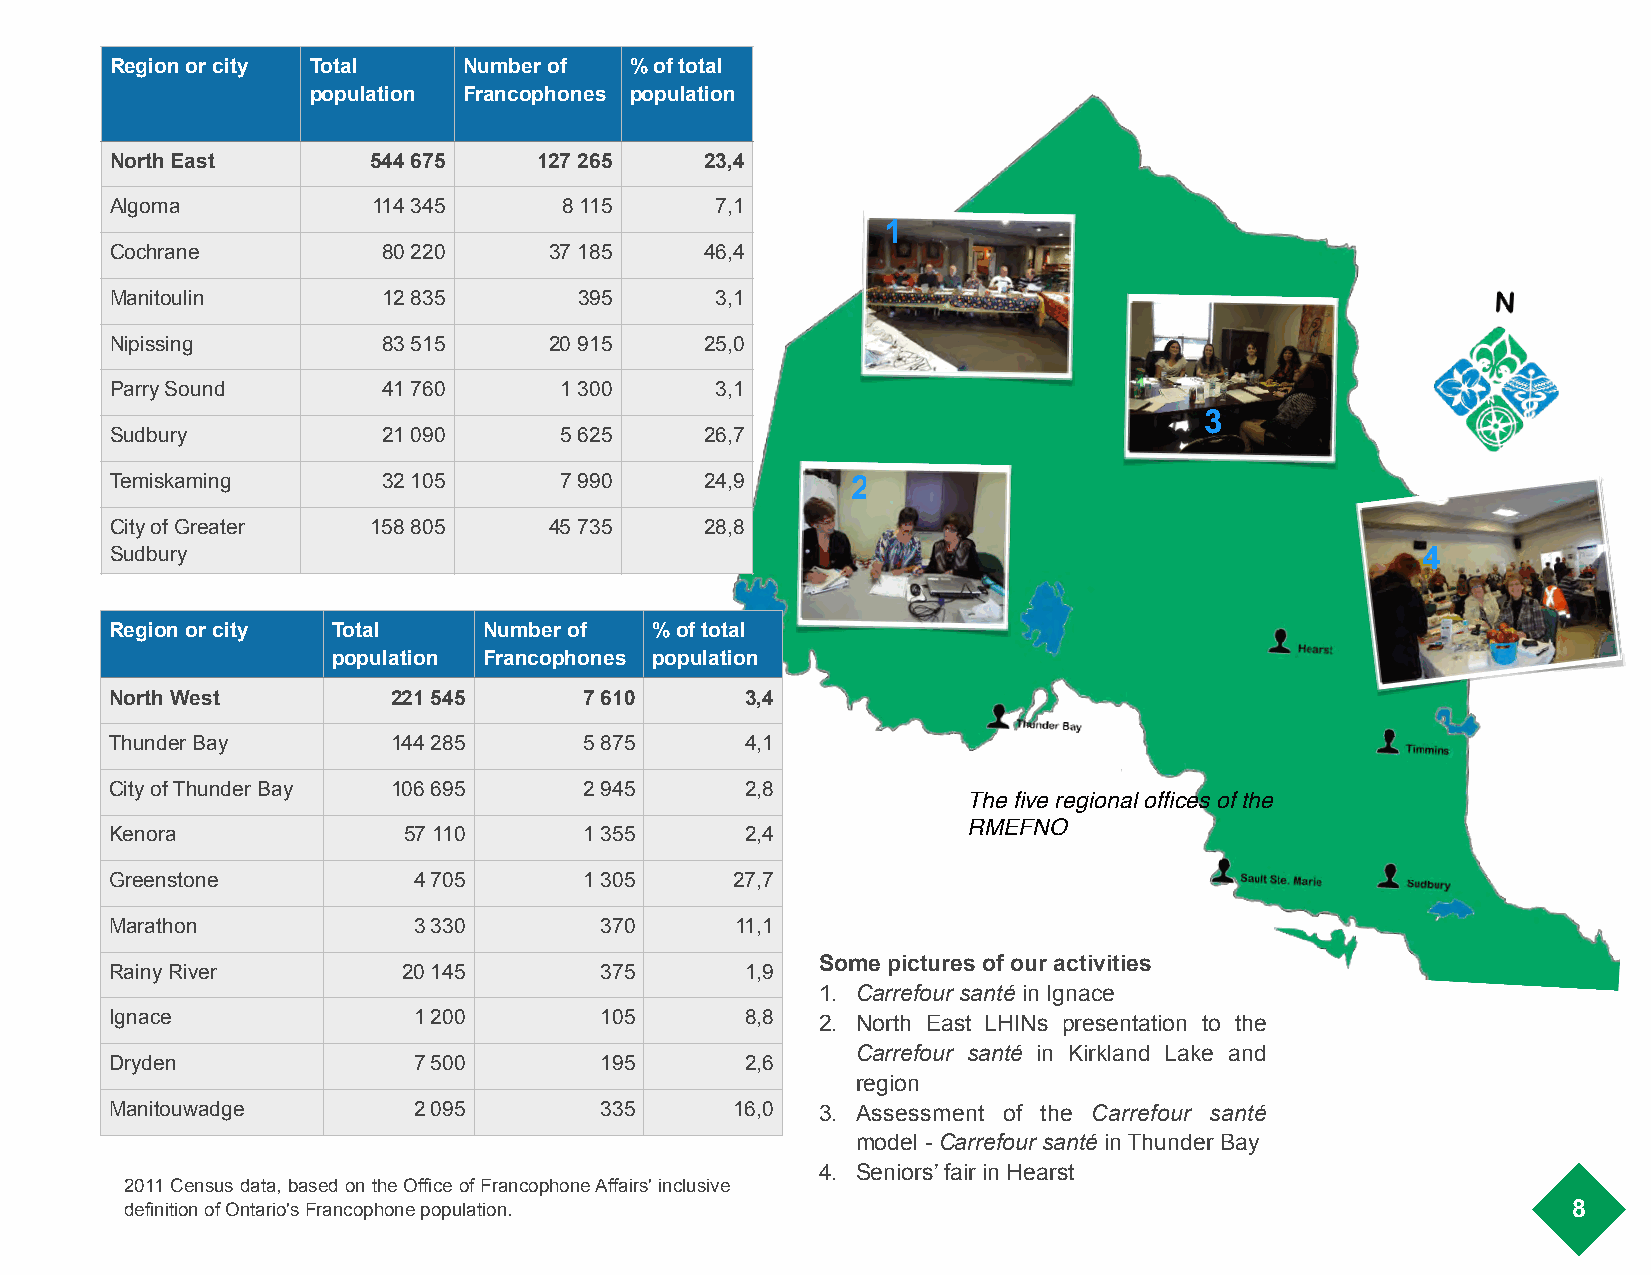
Region or city Total    Number of  % of total
 !
 population Francophones population
 North East        544 675    127 265    23,4
 Algoma            114 345     8 115     7,1
 1
 Cochrane          80 220     37 185     46,4
 Manitoulin        12 835       395      3,1
 Nipissing         83 515     20 915     25,0
 Parry Sound       41 760      1 300     3,1
 3
 Sudbury           21 090      5 625     26,7
 Temiskaming       32 105      7 990     24,9     2
 City of Greater   158 805    45 735     28,8
 Sudbury                                                                                4
 Region or city Total     Number of  % of total
 population Francophones population
 North West         221 545      7 610     3,4
 Thunder Bay        144 285      5 875     4,1
 City of Thunder Bay 106 695     2 945     2,8
 The five regional offices of the
 RMEFNO
 Kenora              57 110      1 355     2,4
 Greenstone          4 705       1 305     27,7
 Marathon            3 330        370      11,1
 Some pictures of our activities
 Rainy River         20 145       375      1,9
 1. Carrefour santé in Ignace
 Ignace              1 200        105      8,8  2. North East LHINs presentation to the
 Carrefour santé in Kirkland Lake and
 Dryden              7 500        195      2,6
 region
 Manitouwadge        2 095        335      16,0 3. Assessment of the Carrefour santé
 model - Carrefour santé in Thunder Bay
 4. Seniors’ fair in Hearst
 2011 Census data, based on the Office of Francophone Affairs' inclusive
 definition of Ontario's Francophone population.                                                 8